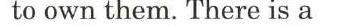
to own them. There is a